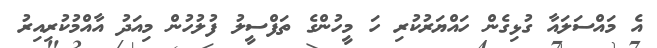
އެ މައްސަލައާ ގުޅިގެން ހައްޔަރުކުރި ހަ މީހުންގެ ތަފްސީލު ފުލުހުން މިއަދު އާއްމުކުރިއިރު